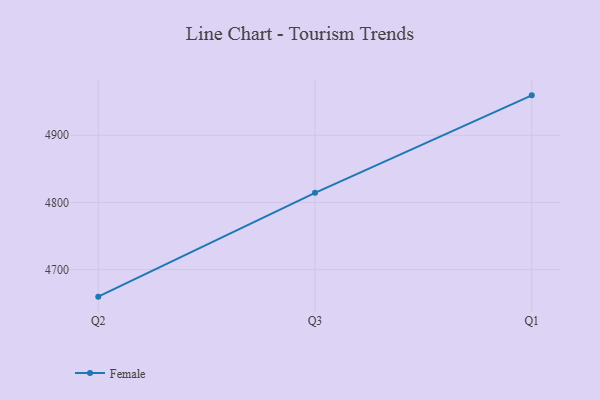
{"axis": {"x": "Quarter", "y": "Website Visitors"}, "legend": ["Female"], "data": [{"x": "Q2", "y": 4659.8, "type": "Female"}, {"x": "Q3", "y": 4814.3, "type": "Female"}, {"x": "Q1", "y": 4959.4, "type": "Female"}]}